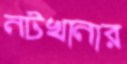
নটখানার